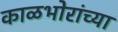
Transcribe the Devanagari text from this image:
काळभोरांच्या